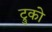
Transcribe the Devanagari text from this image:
ट्रुको